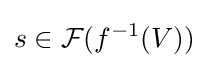
s\in {\mathcal {F}}(f^{-1}(V))